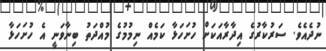
ނުދެއެވެ. ސަރުކާރުގެ އިދާރާއަކަށް ހުށަހަޅާ ކަމެއް ނިމުމުގެ މުއްދަތު ބިނާވަނީ އެ ހުށަހަޅާ